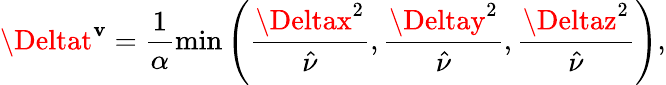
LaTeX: \Deltat^{\mathbf{v}}=\frac{{1}}{{\alpha}}\operatorname*{min}\left(\frac{{\Deltax^{2}}}{{\hat{{\nu}}}},\frac{{\Deltay^{2}}}{{\hat{{\nu}}}},\frac{{\Deltaz^{2}}}{{\hat{{\nu}}}}\right),